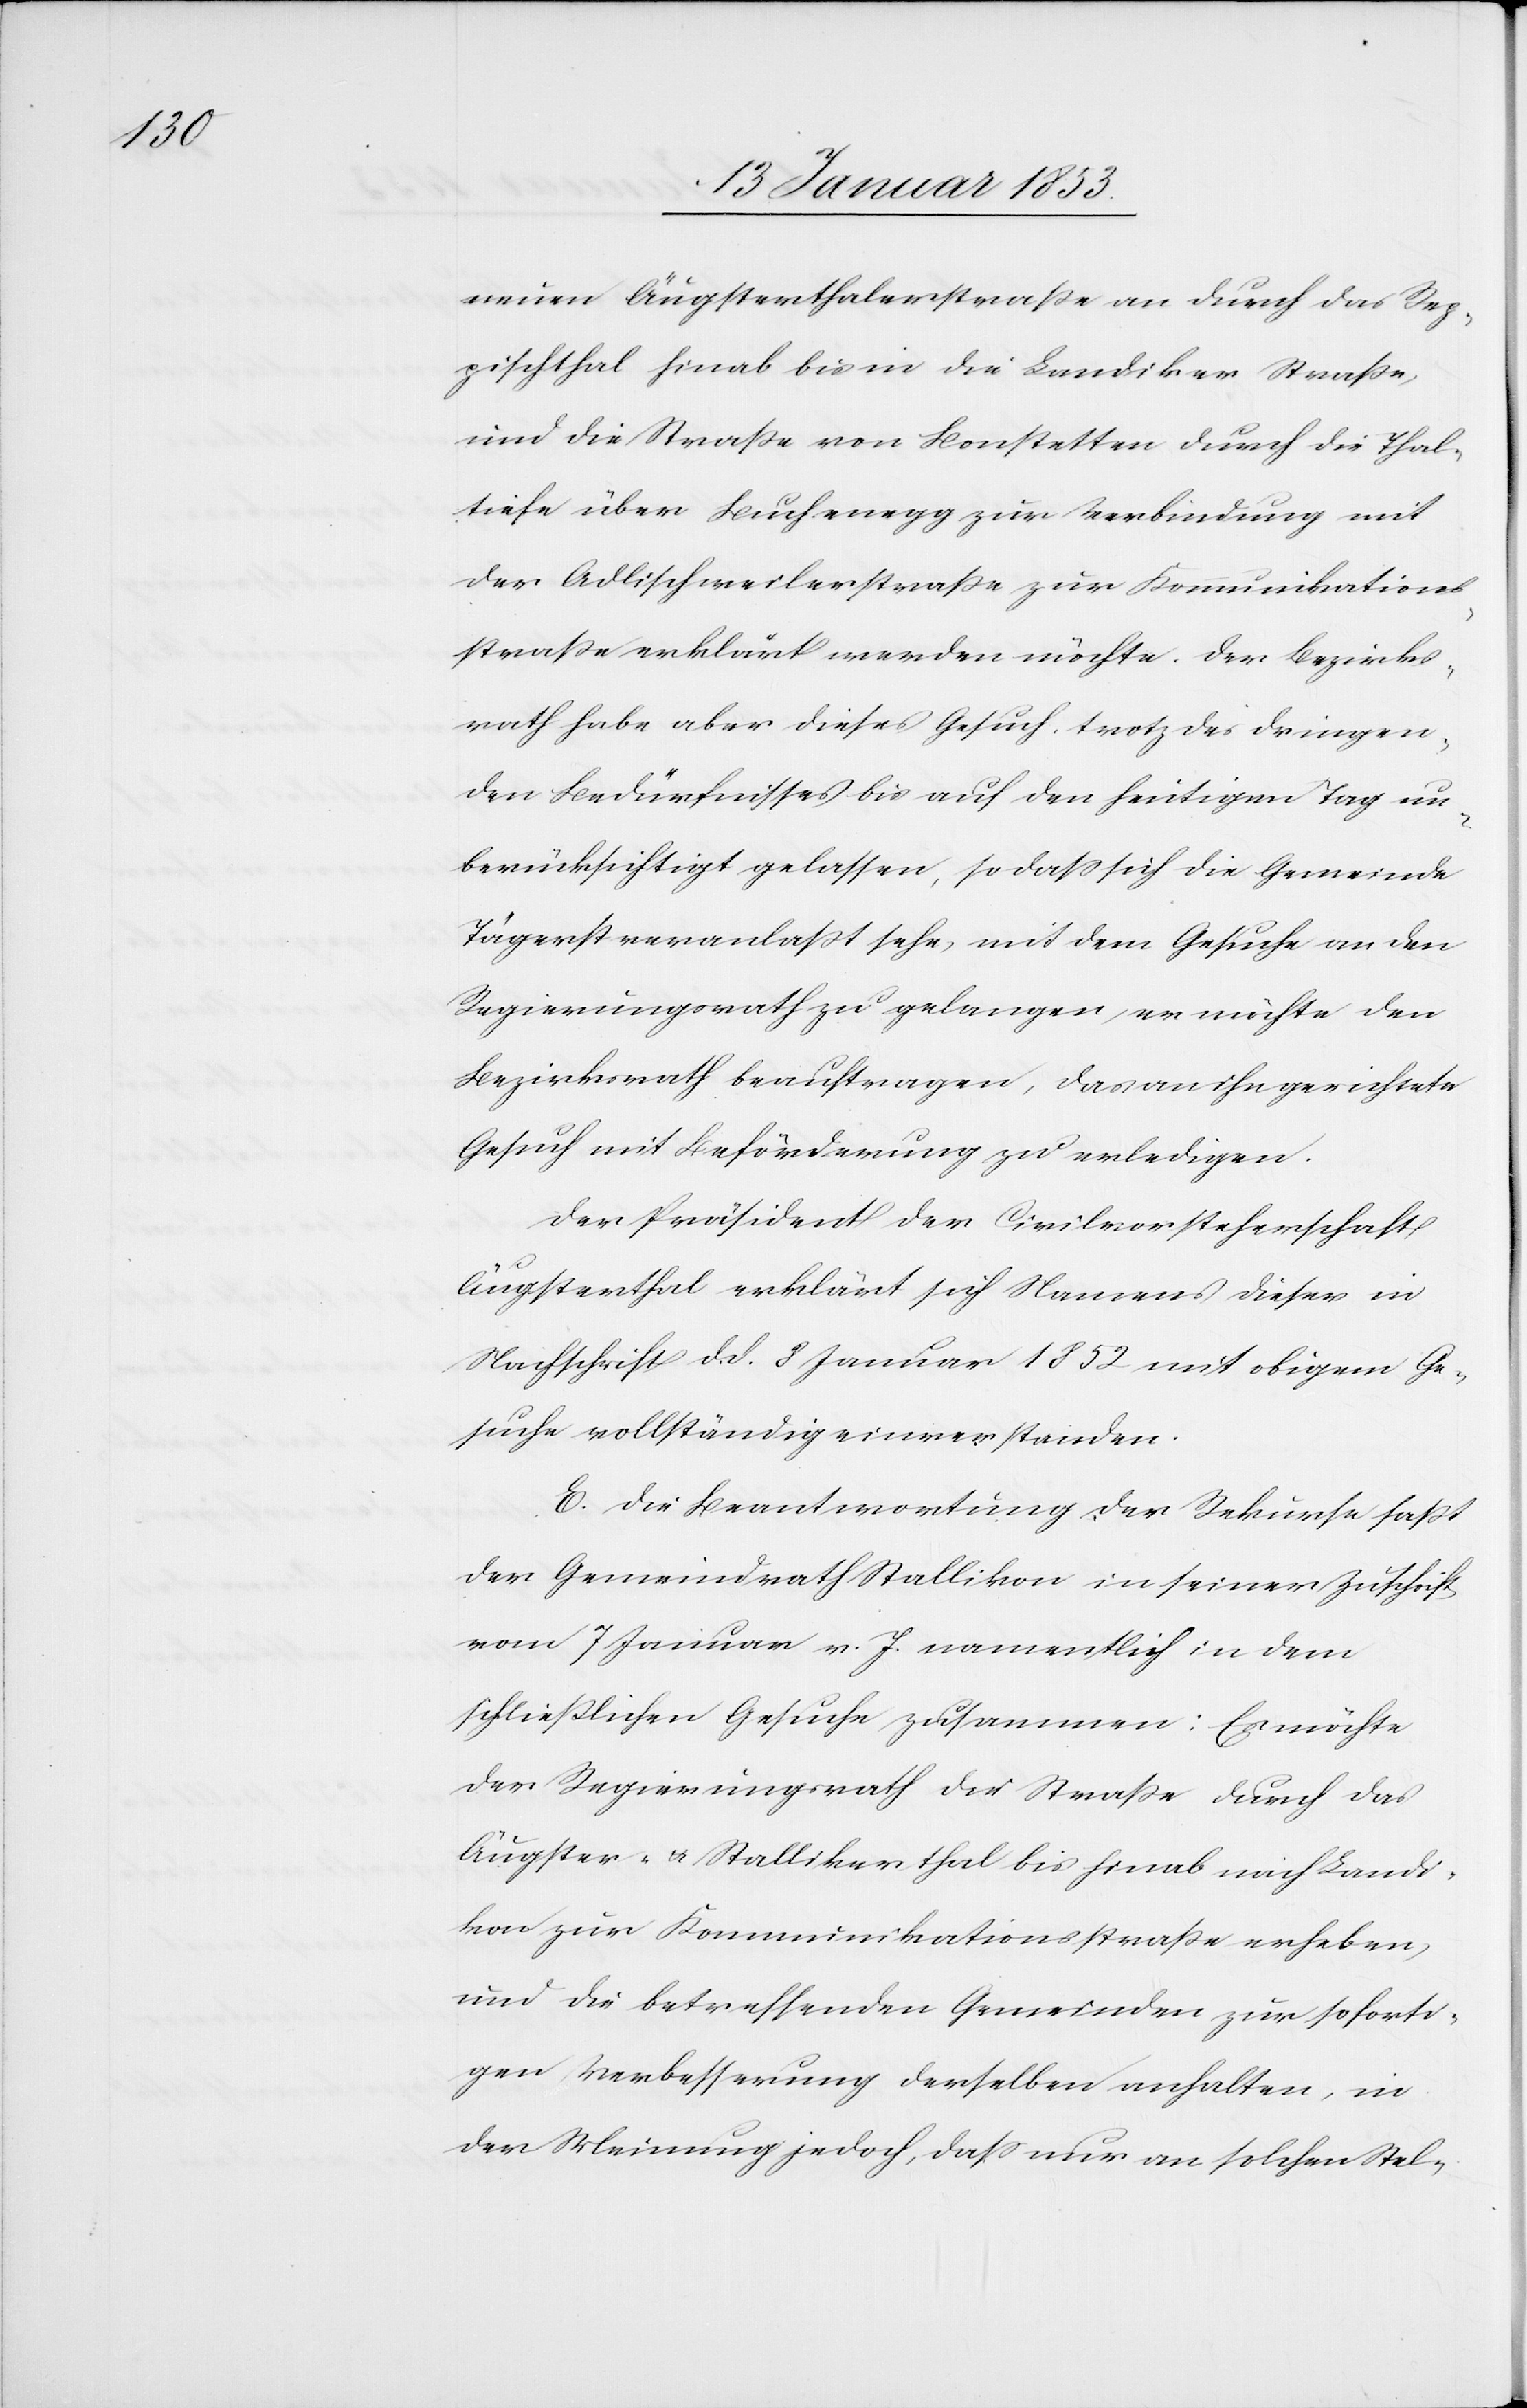
neuen Äugsterthalerstrasse an durch das Rep¬
pischthal hinab bis in die Landiker Strasse,
und die Strasse von Bonstetten durch die Thal¬
tiefe über Buchenegg zur Verbindung mit
der Adlischweilerstrasse zur Kommunikations¬
strasse erklärt werden möchte. Der Bezirks¬
rath habe aber dieses Gesuch, trotz des dringen¬
den Bedürfnisses bis auf den heutigen Tag un¬
berücksichtigt gelassen, so dass sich die Gemeinde
Tägerst veranlasst sehe, mit dem Gesuche an den
Regierungsrath zu gelangen, er möchte den
Bezirksrath beauftragen, das an ihn gerichtete
Gesuch mit Beförderung zu erledigen.
Der Präsident der Civilvorsteherschaft
Äugsterthal erklärt sich Namens dieser in
Nachschrift d. d. 8 Januar 1852 mit obigem Ge¬
suche vollständig einverstanden.
E. Die Beantwortung der Rekurse fasst
der Gemeindrath Stallikon in seiner Zuschrift
vom 7 Januar v. J. namentlich in dem
schließlichen Gesuche zusammen: Es möchte
der Regierungsrath die Straße durch das
Äugster- u. Stallikerthal bis hinab nach Landi¬
kon zur Kommunikationsstrasse erheben,
und die betreffenden Gemeinden zur soforti¬
gen Verbesserung derselben anhalten, in
der Meinung jedoch, dass nur an solchen Stel-